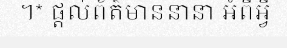
។* ផ្តល់ព័ត៌មាននានា អំពីអ្វី